65_HS1-834228961_62-HQ-83894_Serial_130
Agency: FBI
Page 43
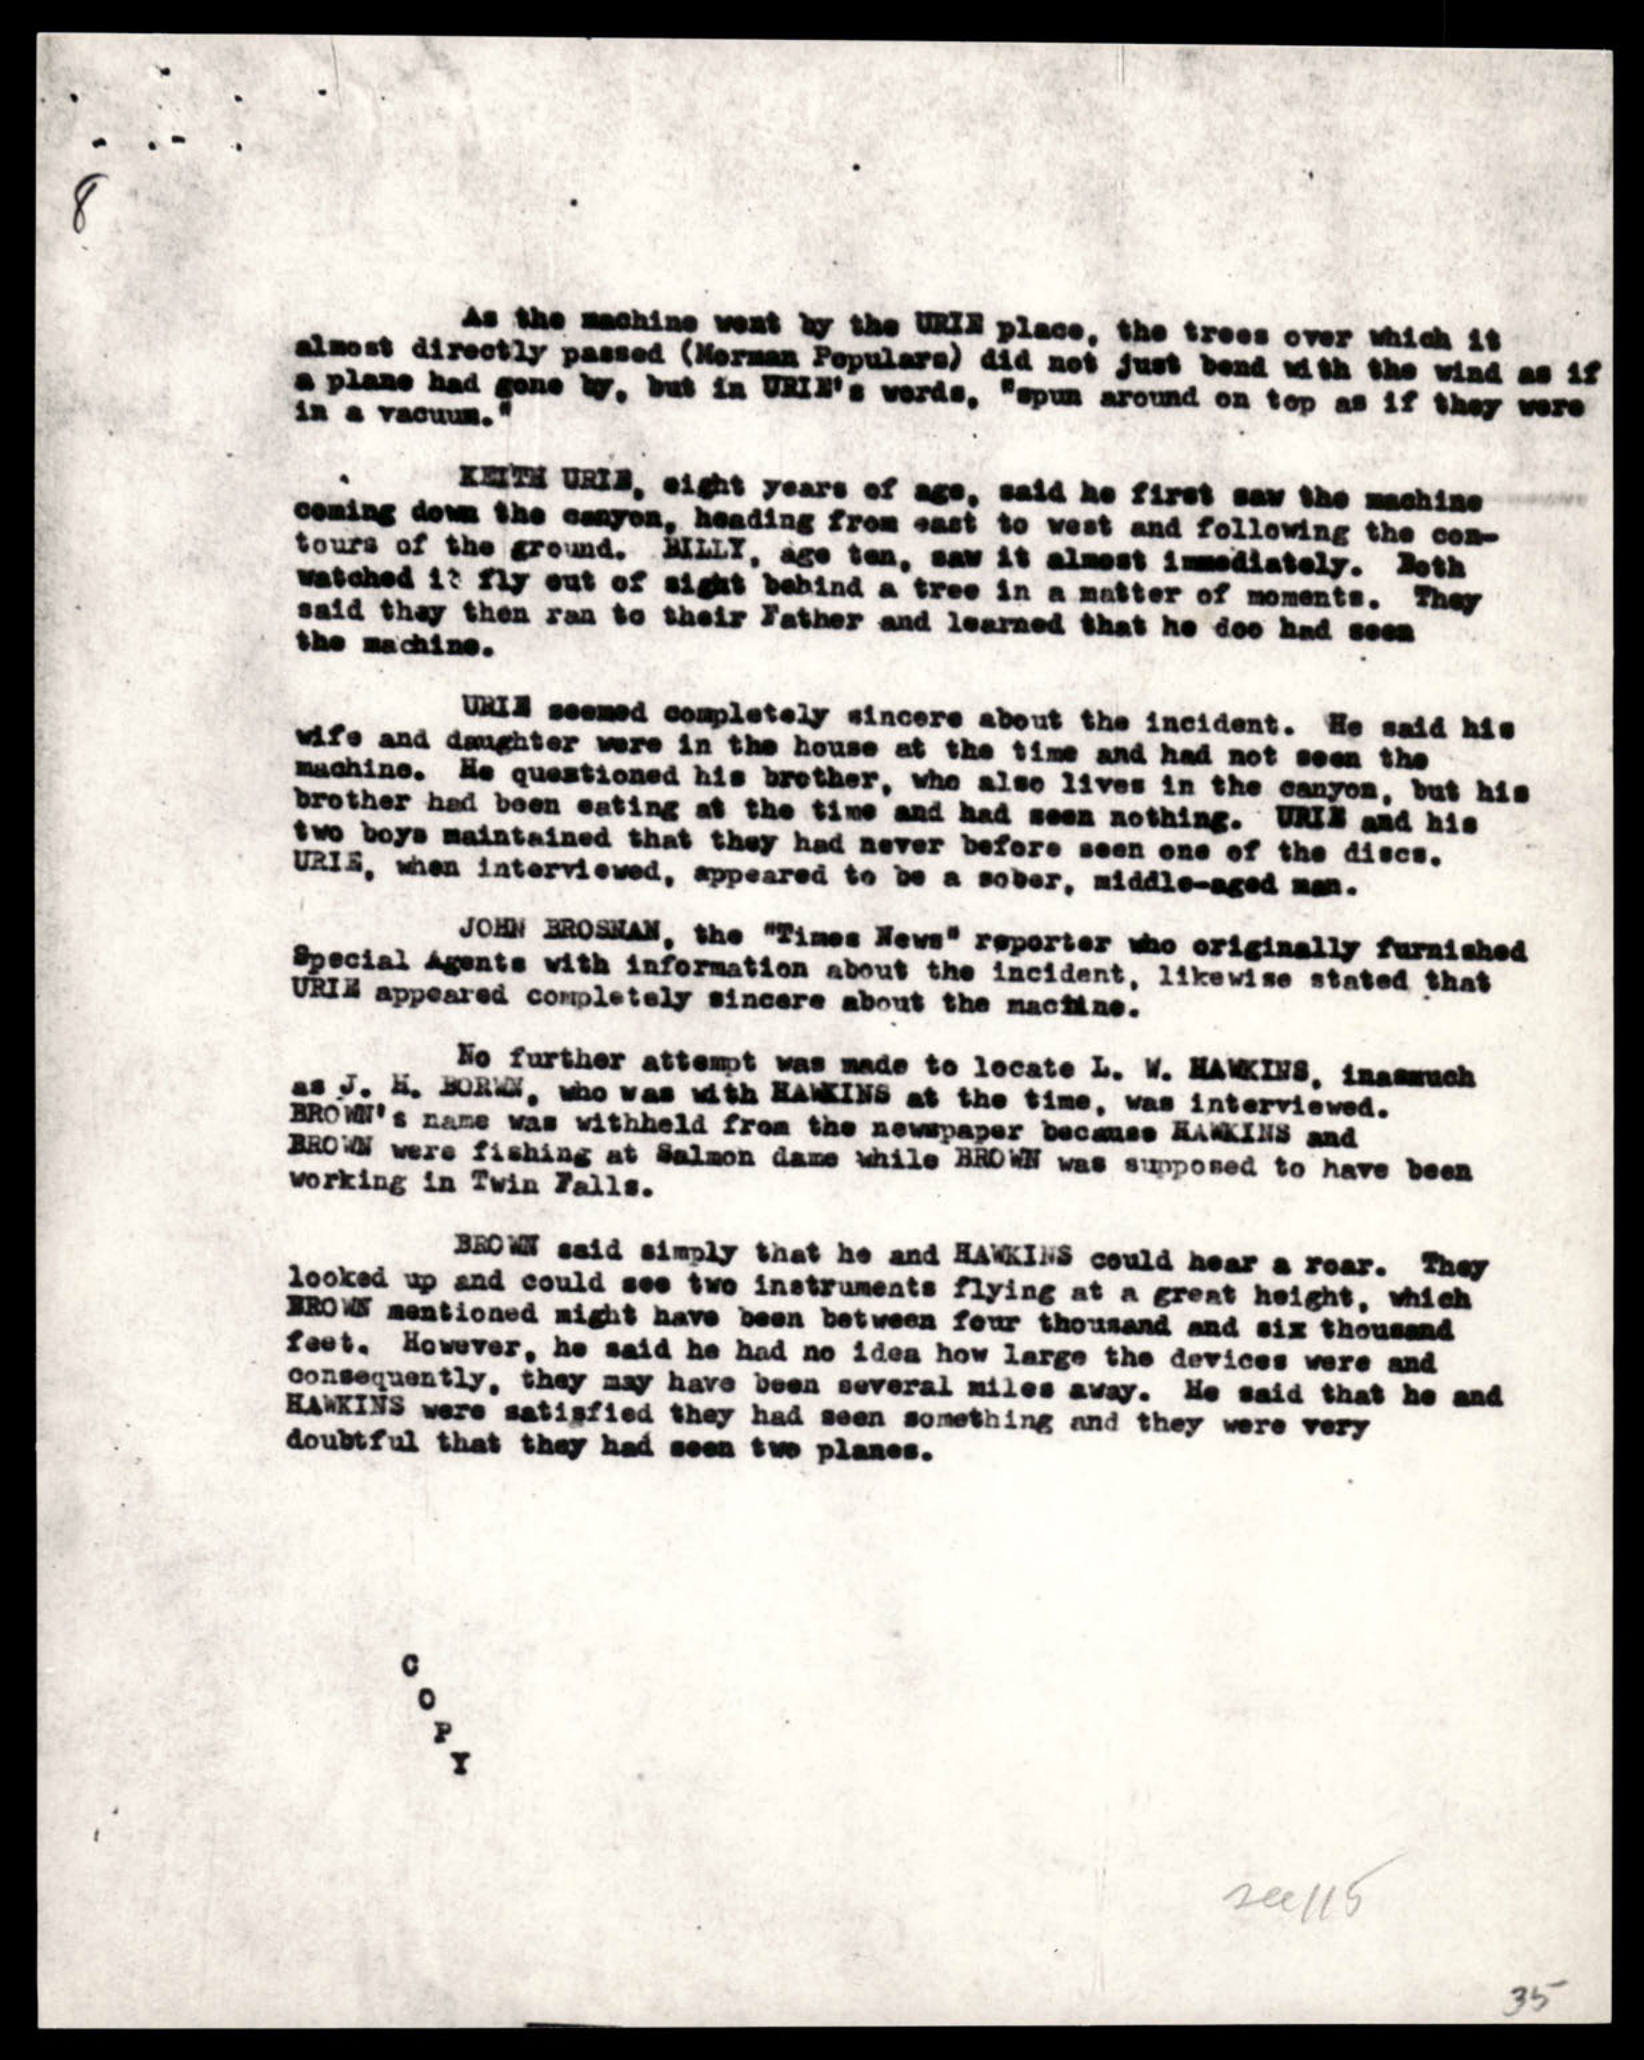